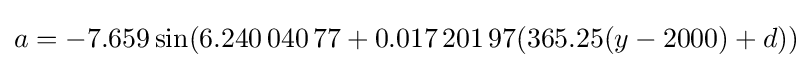
a=-7.659\sin(6.240\,040\,77+0.017\,201\,97(365.25(y-2000)+d))